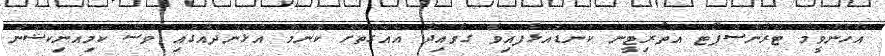
އެހެންވީމާ ޓްރާންސްޕޯޓް އޮތޯރިޓީން ކަނޑައަޅާފައިވާ ގަވާއިދާ އެއްގޮތަށް ކޮންމެ އުޅަނދެއްގައި ވެސް ކޮމިއުނިކޭޝަން